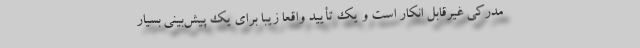
مدرکی غیرقابل انکار است و یک تأیید واقعاً زیبا برای یک پیش‌بینی بسیار